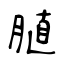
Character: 䐈